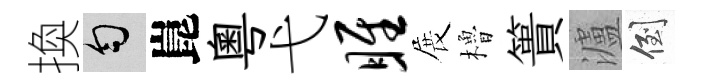
換匀崑粵弋雎展櫓簣瀘倒